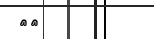
١٤